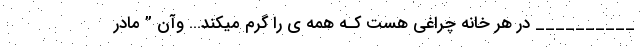
__________ در هر خانه چراغی هست کـه همه ی را گرم میکند… وآن ” مادر